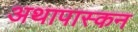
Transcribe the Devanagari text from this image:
अथापास्कन